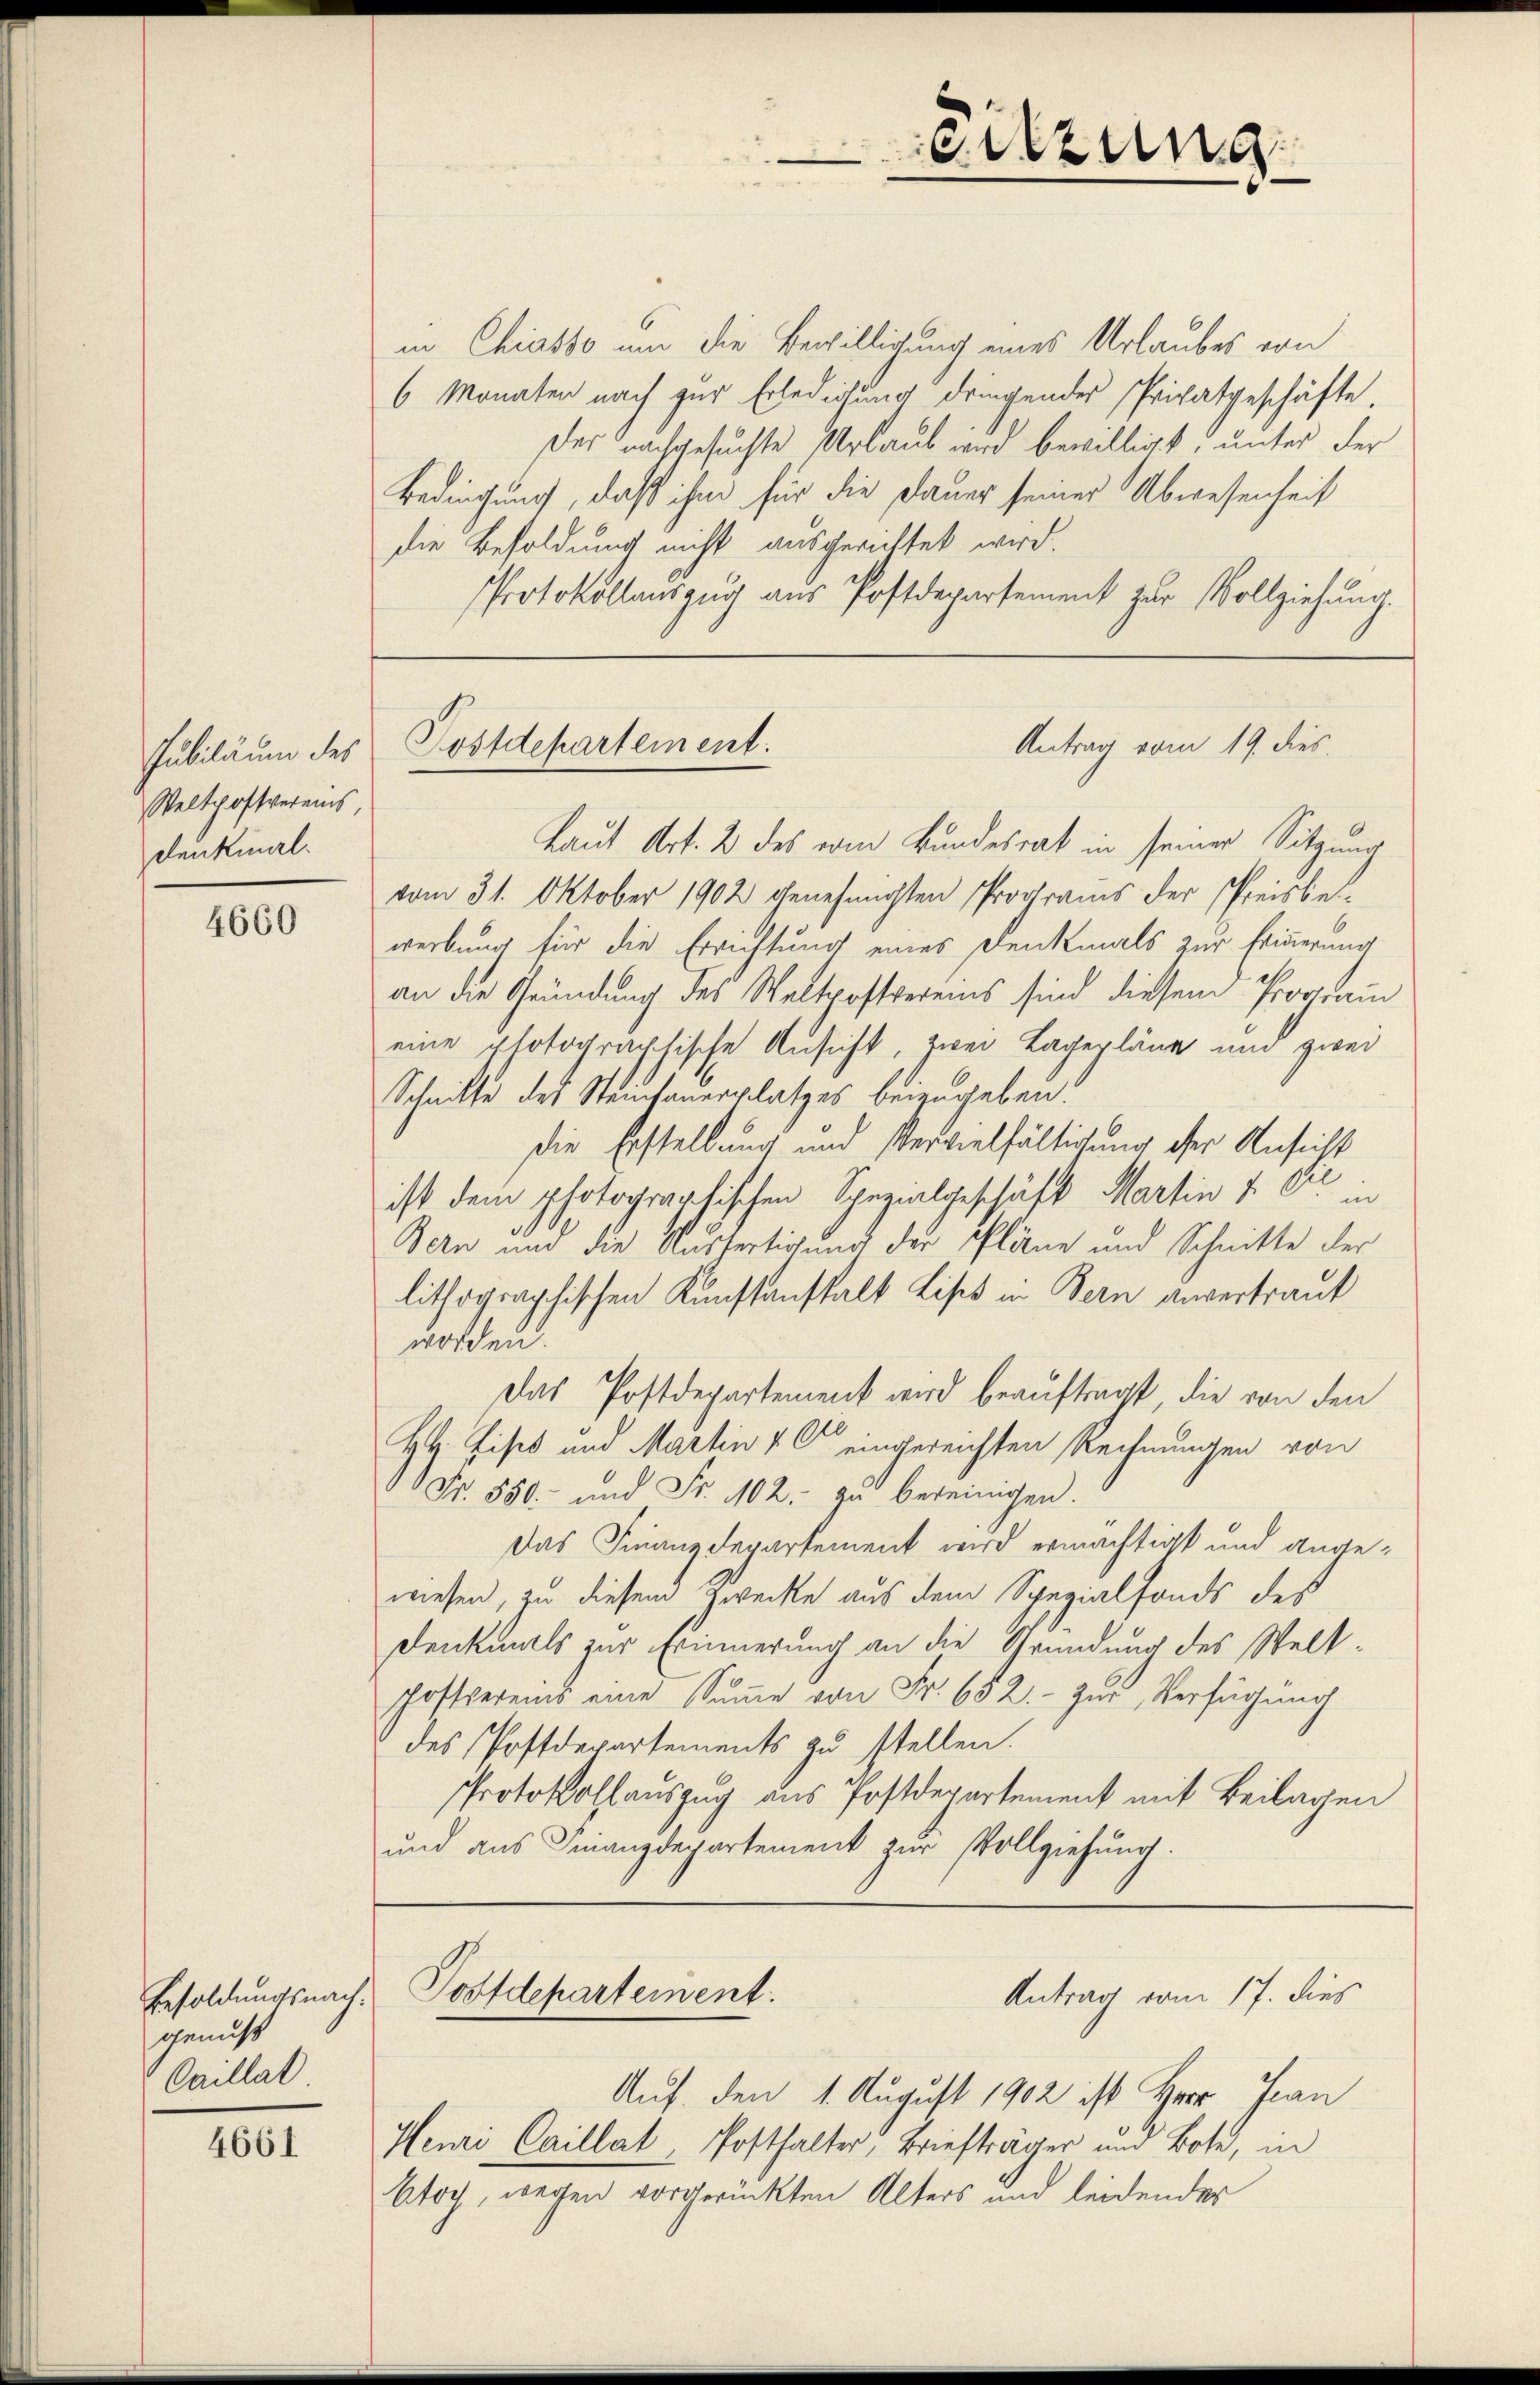
Jubiläum des
Weltpostvereins
Denkinal¬

4660

gemust
Caillat

4661

in Chiasso um die Bewilligung eines Urlaubes von
6 Monaten nach zur Erledigung dringendes Privatgeschäfte,
der nachgesuchte Urlaub wird bewilligt, unter der
Bedingung, daß ihm für die Dauer seiner Abwesenheit
die Besoldung nicht ausgerichtet wird.
Protokollauszug aus Postdepartement zur Vollziehung.

Besoldungsnach. Postdepartement:

eitzung

Antrag vom 19. dies
Kostdepartement.

Laut Art. 2 des vom Bundesrat in seiner Sitzung
vom 31. Oktober 1902 genehmigten Programs der Preisbe-
werbung für die Errichtung eines Denkmals zur Erinnerung
an die Gründung des Weltpostvereins sind diesem Portain
eine photographische Ansicht, zwei Lagepläne und zwei
Schnitte des Steinhauerplatzes beizugeben.
Die Erstellung und Vervielfältigung der Ansicht
ist dem photographischen Spezialgeschäft Martin u. Sie
Bern und die Ausfertigung der Pläne und Schnitte der
lithographischen Kunstanstalt List in Bern anvertraut
worden.
Das Postdepartement wird beauftragt, die von den
HH. Lisel und Martin & c eingereichten Rechnungen von
Fr. 550. und Fr. 102. zu bereinigen.
Das Finanzdepartement wird ermächtigt und angewiesen, zu diesem Zwecke aus dem Spezialfonds des
Denkmals zur Erinnerung an die Gründung des Welt¬
Postvereins eine Sŭṁe von Fr. 652.- zŭr Verfügung
des Postdepartements zu stellen.
Protokollauszug aus Postdepartement mit Beilagen
und aus Finanzdepartement zur Vollziehung.

Antrag vom 17. dies

Auf den 1. August 1902 ist Herr Jan
Henri Caillat, Posthalter, Brieftrager und Bote, in
Etoch, wegen vorgerückten Alters und leidendes